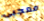
معجبي